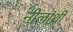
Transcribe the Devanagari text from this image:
नीलाथ्री